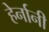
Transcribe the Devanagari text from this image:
हेर्नानी